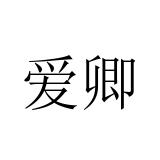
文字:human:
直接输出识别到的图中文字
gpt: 爱卿